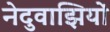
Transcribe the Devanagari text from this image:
नेदुवाझियों